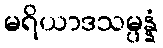
မရိယာဒသမ္ပန္နံ